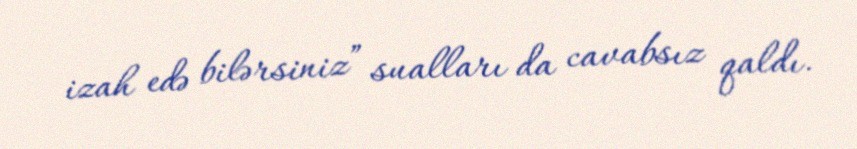
izah edə bilərsiniz” sualları da cavabsız qaldı.